Report on sanitation, dispensaries, and jails in Rajputana for 1920, and on vaccination for the year 1920-1921 - 1920-1921
Year: 1920
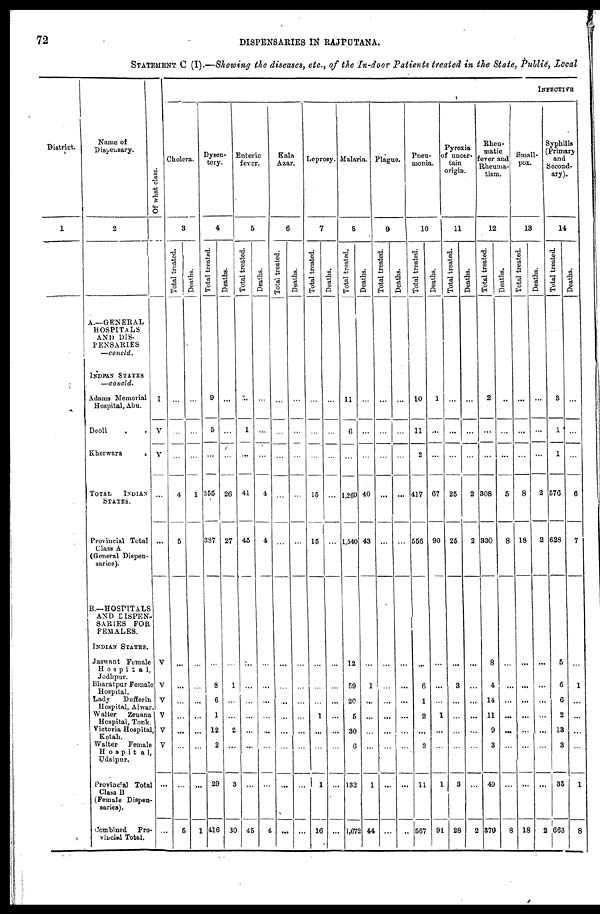
72
DISPENSARIES IN RAJPUTANA.
STATEMENT C (I).—Showing the diseases, etc., of the In-door Patients treated in the State, Public, Local
District.
1
Name of
Dispensary.
2
A.—GENERAL
HOSPITALS
AND DIS-
PENSARIES
—concld.
INDIAN STATES
—concld.
Adams Memorial
Hospital, Abu.
Deoli . .
Kherwara
.
TOTAL
INDIAN
STATES.
Provincial Total
Class A
(General Dispen-
saries).
B.—HOSPITALS
AND DISPEN-
SARIES FOR
FEMALES.
INDIAN STATES.
Jaswant Female
Hospital,
Jodhpur.
Bharatpur Female
Hospital.
Lady
Dufferin
Hospital, Alwar.
Walter
Zeuana
Hospital, Tonk.
Victoria Hospital,
Kotah.
Walter
Female
Hospita1,
Udaipur.
Provincial Total
Class B
(Female Dispen-
saries).
Combined Pro-
vincial Total.
Of what class.
I
V
V
...
...
V
V
V
V
V
V
...
...
INFECTIVE
Cholera.
3
Tot al treated.
...
...
...
4
5
...
...
...
...
...
...
...
5
Deat hs .
...
...
...
1
...
...
...
...
...
...
...
1
Dysen-
tery.
4
Total treated.
9
5
...
355
387
...
8
6
1
12
2
29
416
Deaths.
...
...
...
26
27
...
1
...
...
...
...
3
30
Enteric
fever.
5
Total treated.
...
1
...
41
45
...
...
...
...
...
...
...
45
Deaths.
...
...
...
4
4
...
...
...
...
...
...
...
4
Kala
Azar.
6
Total treated.
...
...
...
...
...
...
...
...
...
...
...
...
...
Deaths.
...
...
...
...
...
...
...
...
...
...
...
...
...
Leprosy.
7
Total treated.
...
...
...
15
15
...
...
...
1
...
...
1
16
Deaths.
...
...
...
...
...
...
...
...
...
...
...
...
...
Malaria.
8
Total treated.
11
6
...
1,260
1,540
12
59
20
5
30
6
132
1,672
Deaths.
...
...
...
40
43
...
1
...
...
...
...
1
44
Plague.
9
Total treated.
...
...
...
...
...
...
...
...
...
...
...
...
...
Deaths.
...
...
...
...
...
...
...
...
...
...
...
...
...
Pneu-
monia.
10
Total treated.
10
11
2
417
556
...
6
1
2
...
2
11
567
Deaths.
1
...
...
67
90
...
...
...
1
...
...
1
91
Pyrexia
of uncer-
tain
origin.
11
Total treated.
...
...
...
25
25
...
3
...
...
...
...
3
28
Deaths.
...
...
...
2
2
...
...
...
...
...
...
...
2
Rheu-
matic
fever and
Rheuma-
tism.
12
Total treated.
2
...
...
308
330
8
4
14
11
9
3
49
379
Deaths.
...
...
...
5
8
...
...
...
...
...
...
...
8
Small-
pox.
13
Total treated.
...
...
...
8
18
...
...
...
...
...
...
...
18
Deaths.
...
...
...
2
2
...
...
...
...
...
...
...
2
Syphilis
(Primary
and
Second-
ary).
14
Total treated.
3
1
1
576
628
5
6
6
2
13
3
35
663
Deaths.
...
...
...
6
7
...
1
...
...
...
...
1
8